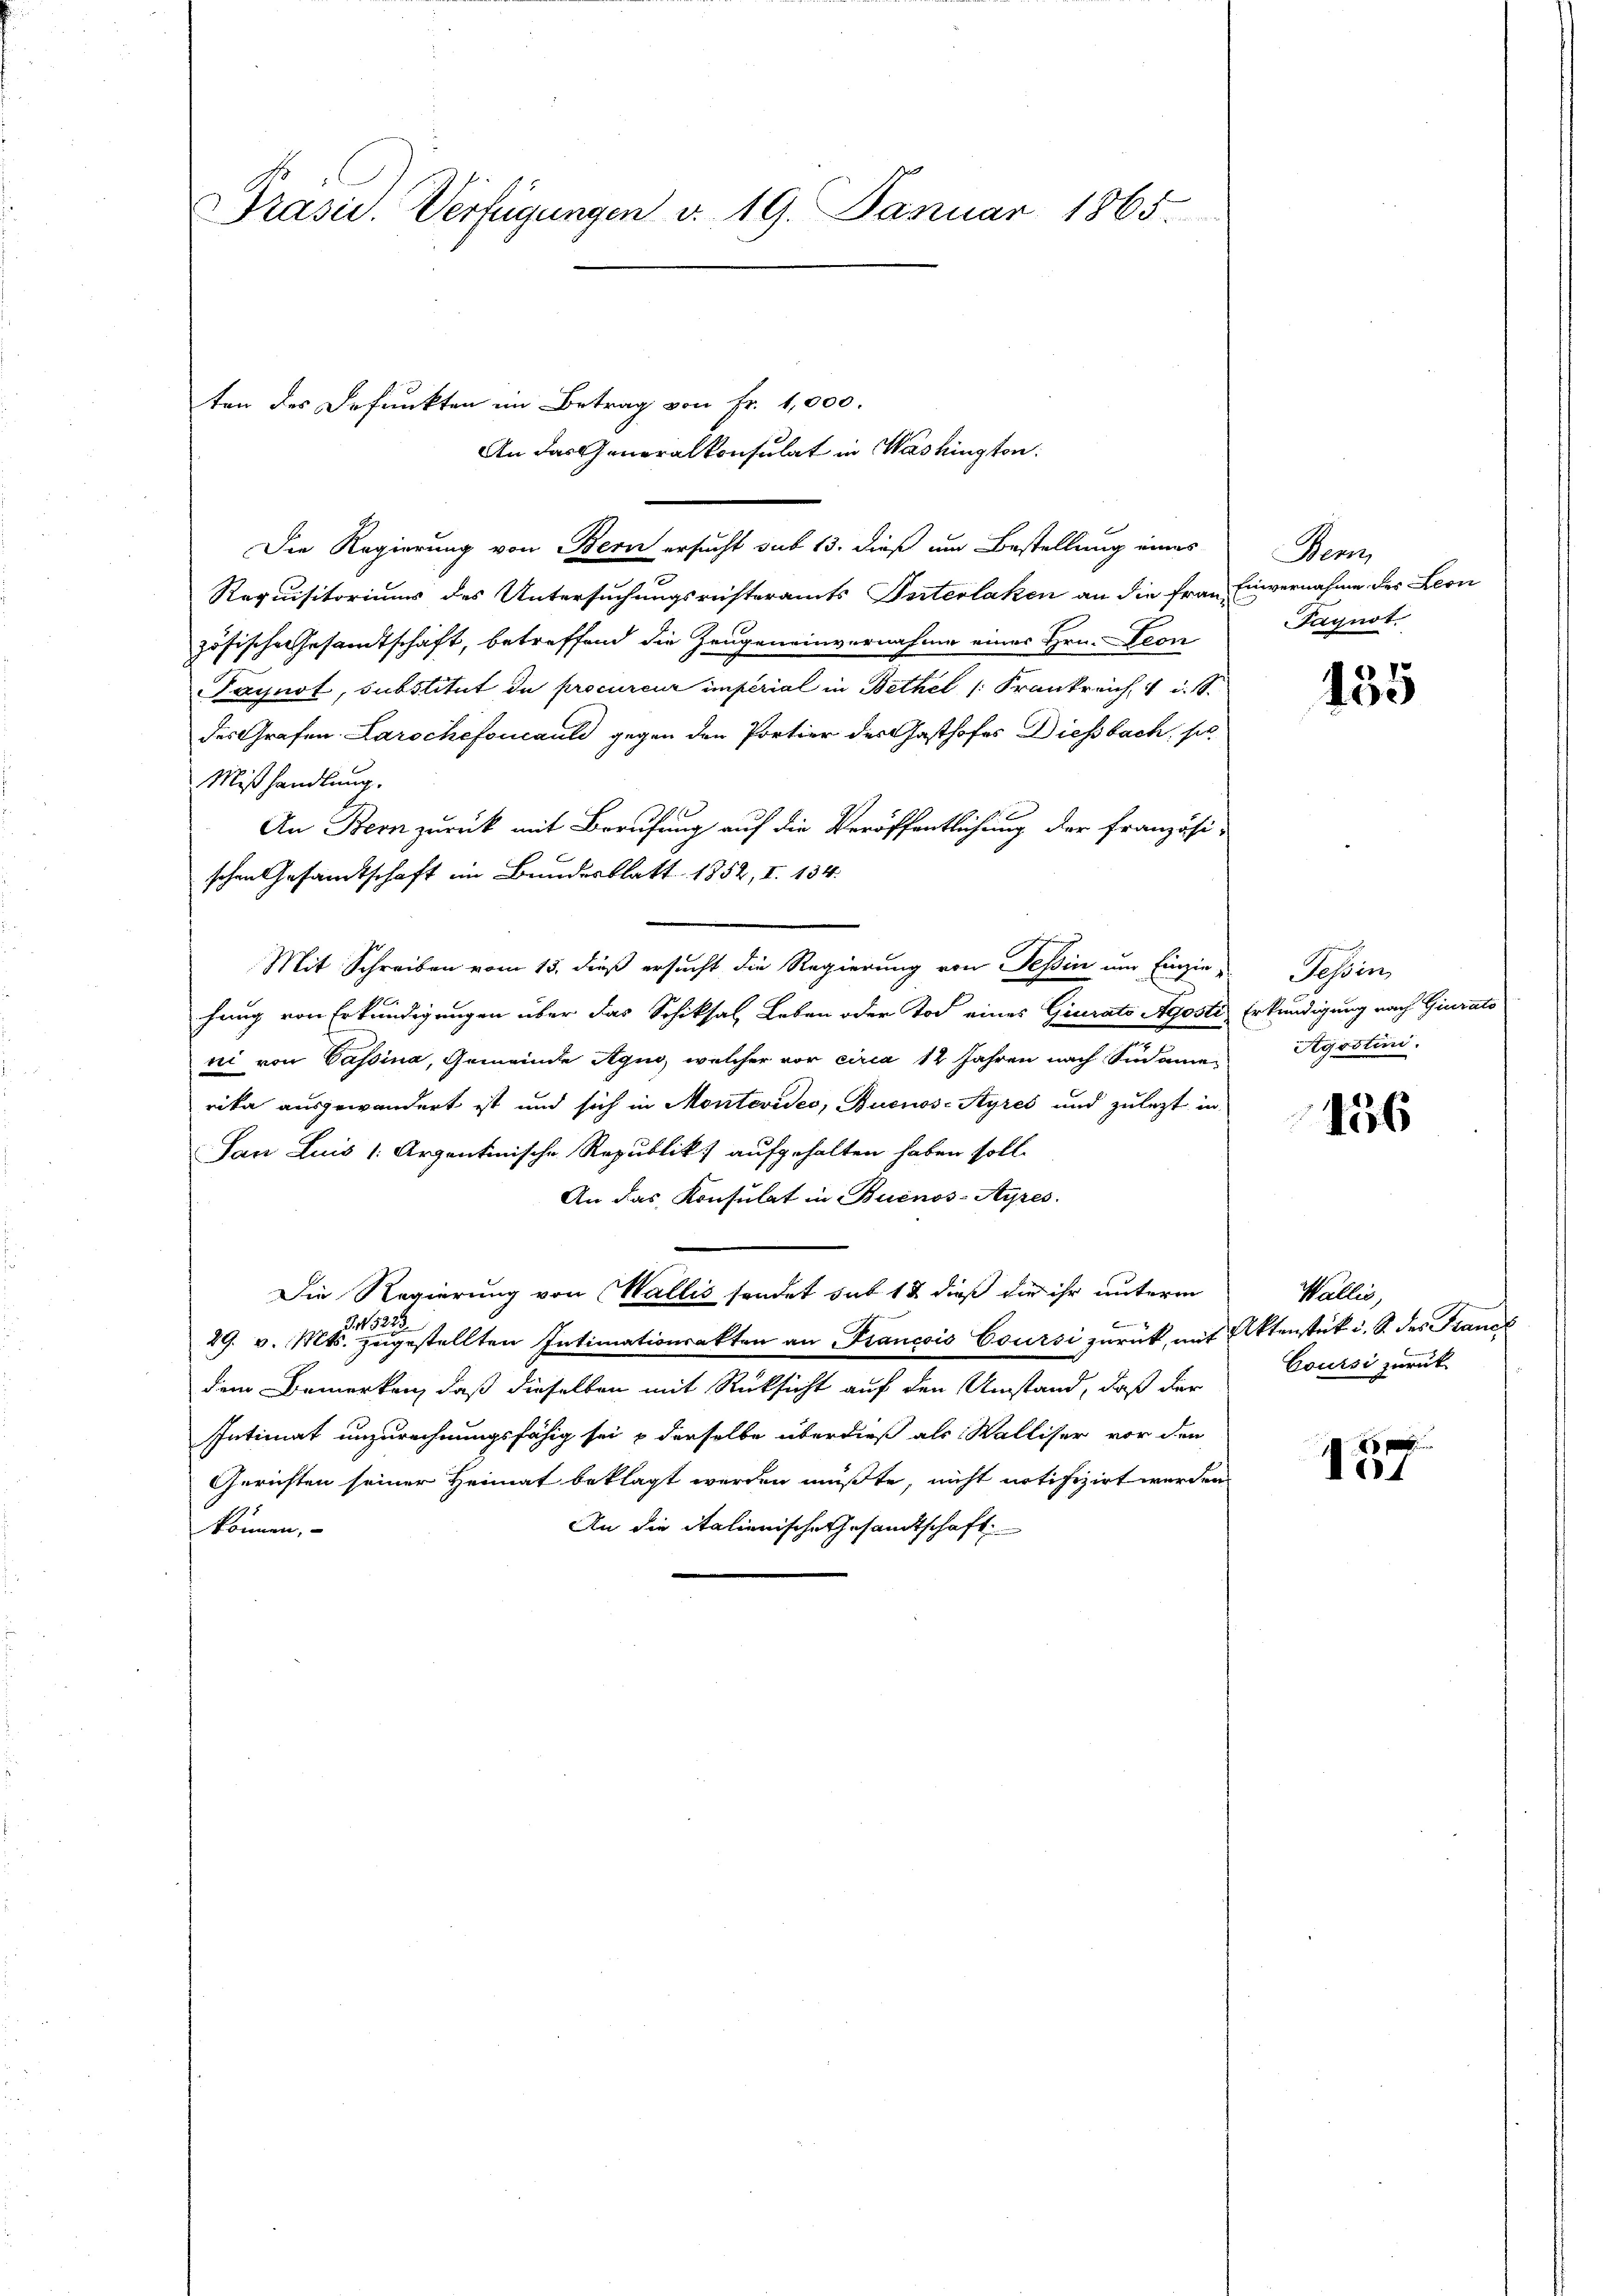
PPrasis. Verfügungen v. 19. Januar 1865.

Die Regierung von Bern ersucht sub 13. dieß um Bestellung eines
e
Requisitoriums des Untersuchungsrüsteramts Vaterlaken an die Franz
zösische Gesandtschaft, betreffend die Zeugeneinvernahme einer Hrn. Leon
Taynot, substitut de procureur imperial in Bethel /: Frankreich ist.
des Grafen Larochefoncauld gegen den Portier des Gasthofes Diessbach, sie
Mißhandlung.
An Bern zurück mit Berufung auf die Veröffentlichung der französi-
schen Gesamtschaft im Bundesblatt 1852, I. 134.
Mit Schreiben vom 15. dieß ersucht die Regierung von Teßin um Einzie-
hang von Erkundigungen über das Schiksal Leben oder Tod eines Giurato Agosti-
ni von Passina, Gemeinde Agno, welcher vor circa 12 Jahren nach Südame-
rika ausgewandert ist und sich in Montevides, Buenos-Ayres und zulezt in
San Luis (Arzantinische Republik aufgehalten haben soll.
An das Konsulat in Buenos-Ayres.
Die Regierung von Wallis sondet sub 12 dieß die ihr unterm
S 5223.
2
29. v. Mts. zugestellten Intimationsakten an Francois Coursi zurück, mit Aktenstük i. S. des Franck
dem Bemerken, daß dieselben mit Rücksicht auf den Umstand, daß der
Intimat unzurechnungsfähig sei & derselbe überdieß als Walliser vor den
Gerichten seiner Heimat beklagt werden müßte, nicht notifizirt werden.
An die italienische Gesandtschaft
können,

ten des Defunkten im Betrag von Fr. 1,000.

An das Generalkonsulat in Washington:

Dem
Einvernahme des Leon
s
Fagnot.

135

Tessin
Erkundigung nach Giurato
Agostini.

156

Wallis,
Coursi zurück

137